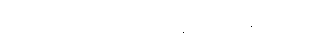
အခန်းထဲတွင် ဆာဘရီနှင့် နာဒါတို့ရှိနေကြသည်။